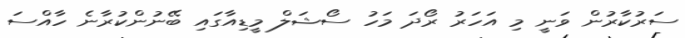
ސަރުކާރުން ވަނީ މި އަހަރު ރޯދަ މަހު ސޯޝަލް މީޑިއާގައި ބޭނުންކުރާނެ ހާއްސަ